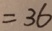
= 3 6